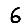
Digit: 6